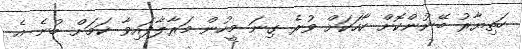
ހަތިޔާރު ބޭނުންކޮށް ހާހަކަށް ވުރެ ގިނަ މީހުން މަރާލާފައިވާ ކަމަށް ބުނެ އެ